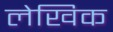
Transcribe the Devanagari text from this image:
लेखिक